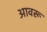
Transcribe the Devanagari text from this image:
आवरू